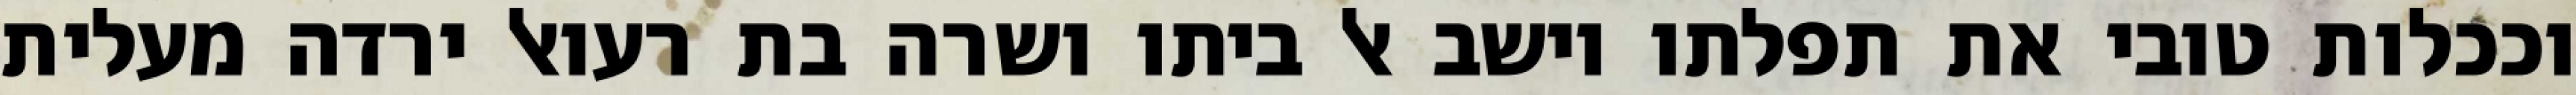
וככלות טובי את תפלתו וישב אל ביתו ושרה בת רעואל ירדה מעלית